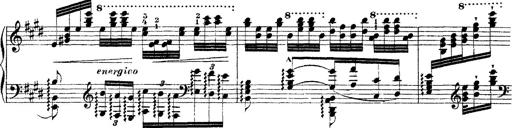
Title: Ã‰tudes d'exÃ©cution transcendante d'aprÃ¨s Paganini
Composer: Franz Liszt